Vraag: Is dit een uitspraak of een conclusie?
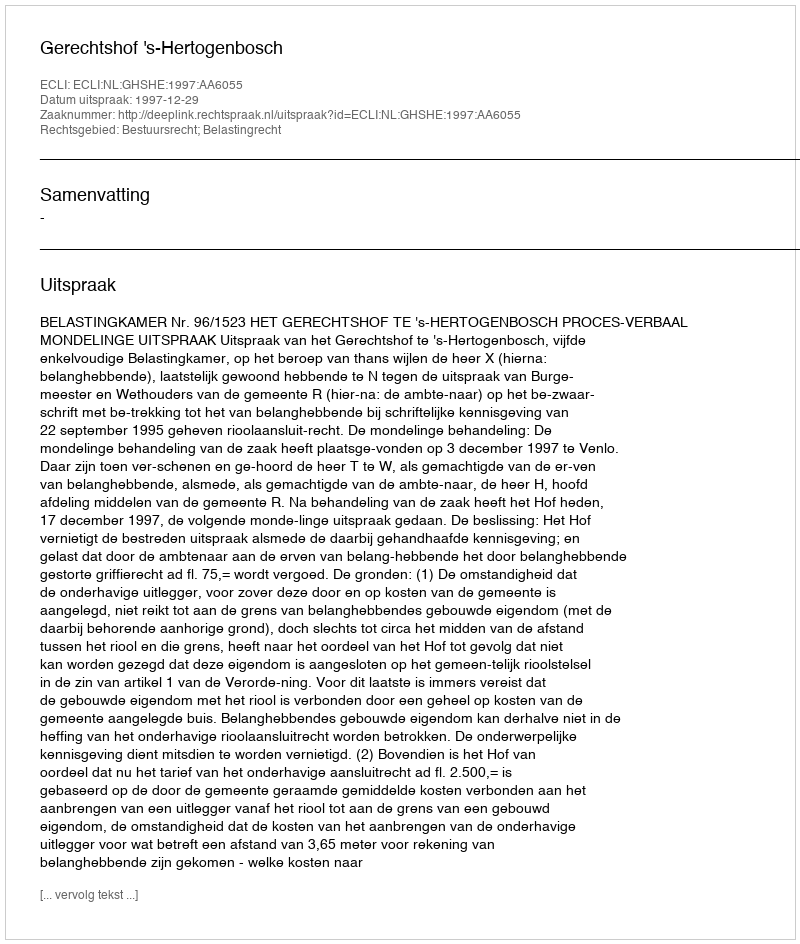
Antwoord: Uitspraak